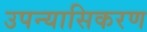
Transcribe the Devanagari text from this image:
उपन्यासिकरण